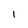
Character: 1